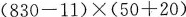
$$( 8 3 0 - 1 1 ) \times ( 5 0 + 2 0 )$$